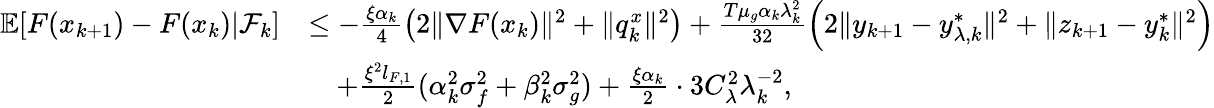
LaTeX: \begin{array}{rl}{\mathbb{E}[F(x_{k+1})-F(x_{k})|\mathcal{F}_{k}]}&{\le-\frac{\xi\alpha_{k}}{4}\left(2\| \nabla F(x_{k})\| ^{2}+\| q_{k}^{x}\| ^{2}\right)+\frac{T\mu_{g}\alpha_{k}\lambda_{k}^{2}}{32}\left(2\| y_{k+1}-y_{\lambda,k}^{*}\| ^{2}+\| z_{k+1}-y_{k}^{*}\| ^{2}\right)}\\ &{\quad+\frac{\xi^{2}l_{F,1}}{2}(\alpha_{k}^{2}\sigma_{f}^{2}+\beta_{k}^{2}\sigma_{g}^{2})+\frac{\xi\alpha_{k}}{2}\cdot 3C_{\lambda}^{2}\lambda_{k}^{-2},}\end{array}